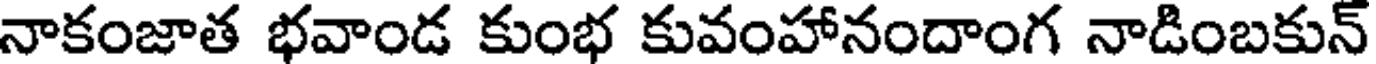
నాకంజాత భవాండ కుంభ కువంహానందాంగ నాడింబకున్